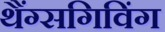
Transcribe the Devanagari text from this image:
थैंग्सगिविंग